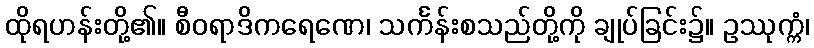
ထိုရဟန်းတို့၏။ စီဝရာဒိကရေဏေ၊ သင်္ကန်းစသည်တို့ကို ချုပ်ခြင်း၌။ ဥဿုက္ကံ၊